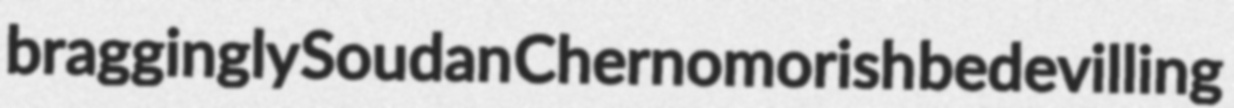
braggingly Soudan Chernomorish bedevilling